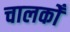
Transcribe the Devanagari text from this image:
चालकोँ